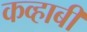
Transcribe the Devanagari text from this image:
कव्हाबी